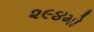
૨૯૪મો